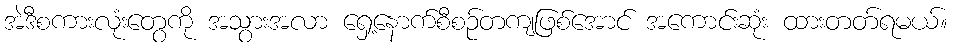
အဲဒီစကားလုံးတွေကို အသွားအလာ ရှေ့နောက်စီစဉ်တကျဖြစ်အောင် အကောင်းဆုံး ထားတတ်ရမယ်။